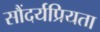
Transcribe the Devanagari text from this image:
सौंदर्यप्रियता